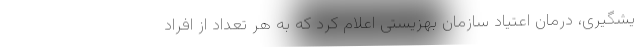
یشگیری، درمان اعتیاد سازمان بهزیستی اعلام کرد که به هر تعداد از افراد